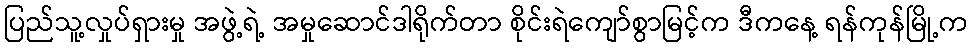
ပြည်သူ့လှုပ်ရှားမှု အဖွဲ့ရဲ့ အမှုဆောင်ဒါရိုက်တာ စိုင်းရဲကျော်စွာမြင့်က ဒီကနေ့ ရန်ကုန်မြို့က